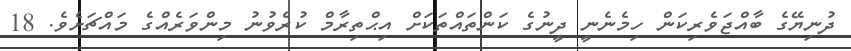
ދުނިޔޭގެ ބާއްޖަވެރިކަން ހިމެނެނީ ދީނުގެ ކަންތައްތަކަށް އިޙްތިރާމް ކުރެވުނު މިންވަރެއްގެ މައްޗަށެވެ. 18